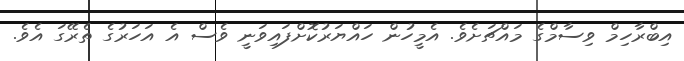
އިބްރާހިމް ވިސާމްގެ މައްޗަށެވެ. އެމީހުން ހައްޔަރުކޮށްފައިވަނީ ވެސް އެ އަހަރުގެ ތެރޭގަ އެވެ.